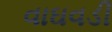
વાઘવડી